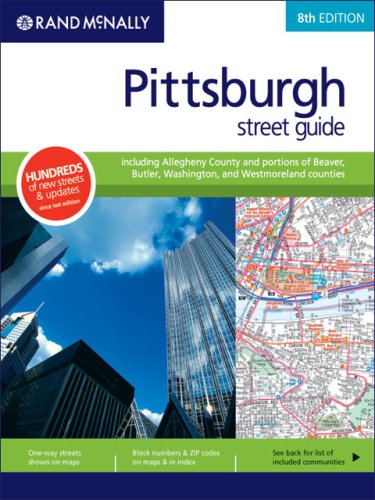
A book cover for Rand Mcnally Pittsburgh/Allegheny County, Pennsylvania (Rand McNally Pittsburgh Street Guide: Including Allegheny County); Rand McNally; Travel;